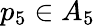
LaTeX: p_{5}\in A_{5}